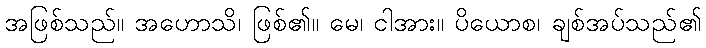
အဖြစ်သည်။ အဟောသိ၊ ဖြစ်၏။ မေ၊ ငါအား။ ပိယောစ၊ ချစ်အပ်သည်၏